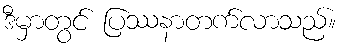
ဒီမှာတွင် ပြဿနာတက်လာသည်။